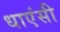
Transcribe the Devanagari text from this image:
धाएंसी